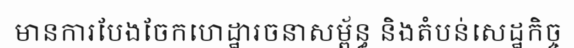
មានការបែងចែកហេដ្ឋារចនាសម្ព័ន្ធ និងតំបន់សេដ្ឋកិច្ច